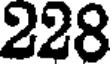
228